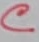
Text: C